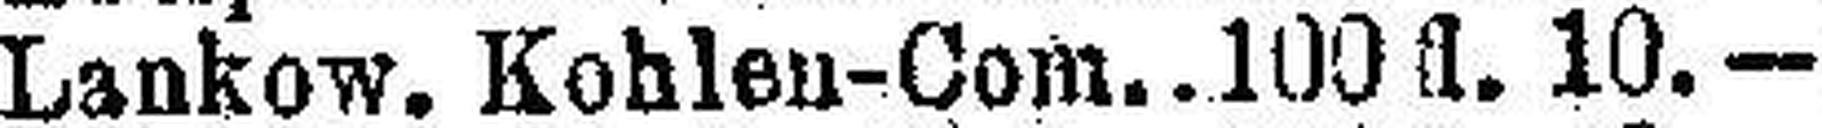
Lankow. Kohlen-Com 100 fl. 10.—